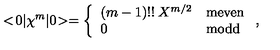
< \! 0 | \chi ^ { m } | 0 \! > = \left\{ \begin{array} { l l } { ( m - 1 ) ! ! \: X ^ { m / 2 } } & { \mathrm { m e v e n } } \\ { 0 } & { \mathrm { m o d d } } \\ \end{array} \right. ,